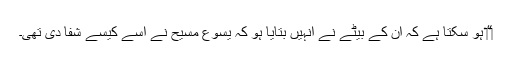
‏“‏ ہو سکتا ہے کہ اُن کے بیٹے نے اُنہیں بتایا ہو کہ یسوع مسیح نے اُسے کیسے شفا دی تھی۔